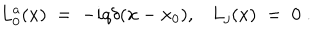
L _ { 0 } ^ { a } ( x ) \; = \; - i q \delta ( { \mathbf x } - { \mathbf x } _ { 0 } ) , L _ { j } ( x ) \; = \; 0 \; .